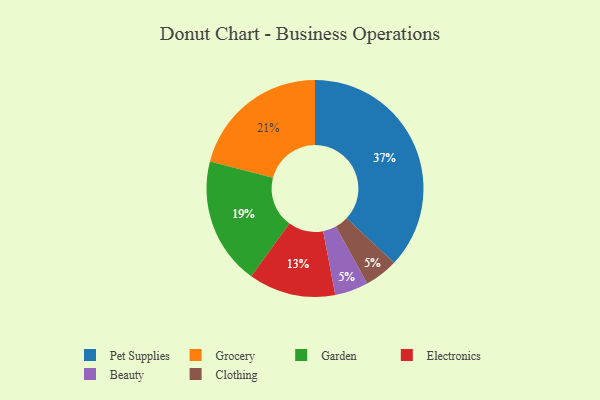
{"axis": {"x": "Category", "y": "Percentage"}, "legend": ["Beauty", "Clothing", "Electronics", "Garden", "Grocery", "Pet Supplies"], "data": [{"x": "Garden", "y": 19, "type": "Garden"}, {"x": "Electronics", "y": 13, "type": "Electronics"}, {"x": "Pet Supplies", "y": 37, "type": "Pet Supplies"}, {"x": "Beauty", "y": 5, "type": "Beauty"}, {"x": "Grocery", "y": 21, "type": "Grocery"}, {"x": "Clothing", "y": 5, "type": "Clothing"}]}